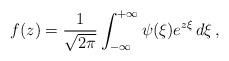
LaTeX: \begin{align*}f(z) =\frac{1}{\sqrt{2\pi}} \int_{-\infty}^{+\infty} \psi(\xi)e^{z\xi}\, d\xi\, ,\end{align*}